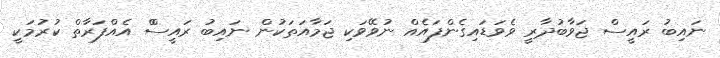
ނައިބު ރައީސް ޖަވާބުދާރީ ވެވަޑައިގެންފައެއް ނުވޭވަކި ޖަމާއަތަކުން ނައިބު ރައީސްް އެއްފަރާތް ކުރުމަކީ